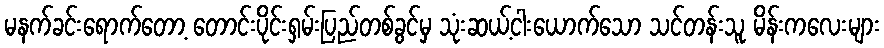
မနက်ခင်းရောက်တော့ တောင်းပိုင်းရှမ်းပြည်တစ်ခွင်မှ သုံးဆယ့်ငါးယောက်သော သင်တန်းသူ မိန်းကလေးများ